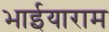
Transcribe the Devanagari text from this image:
भाईयाराम